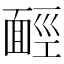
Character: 𩈡